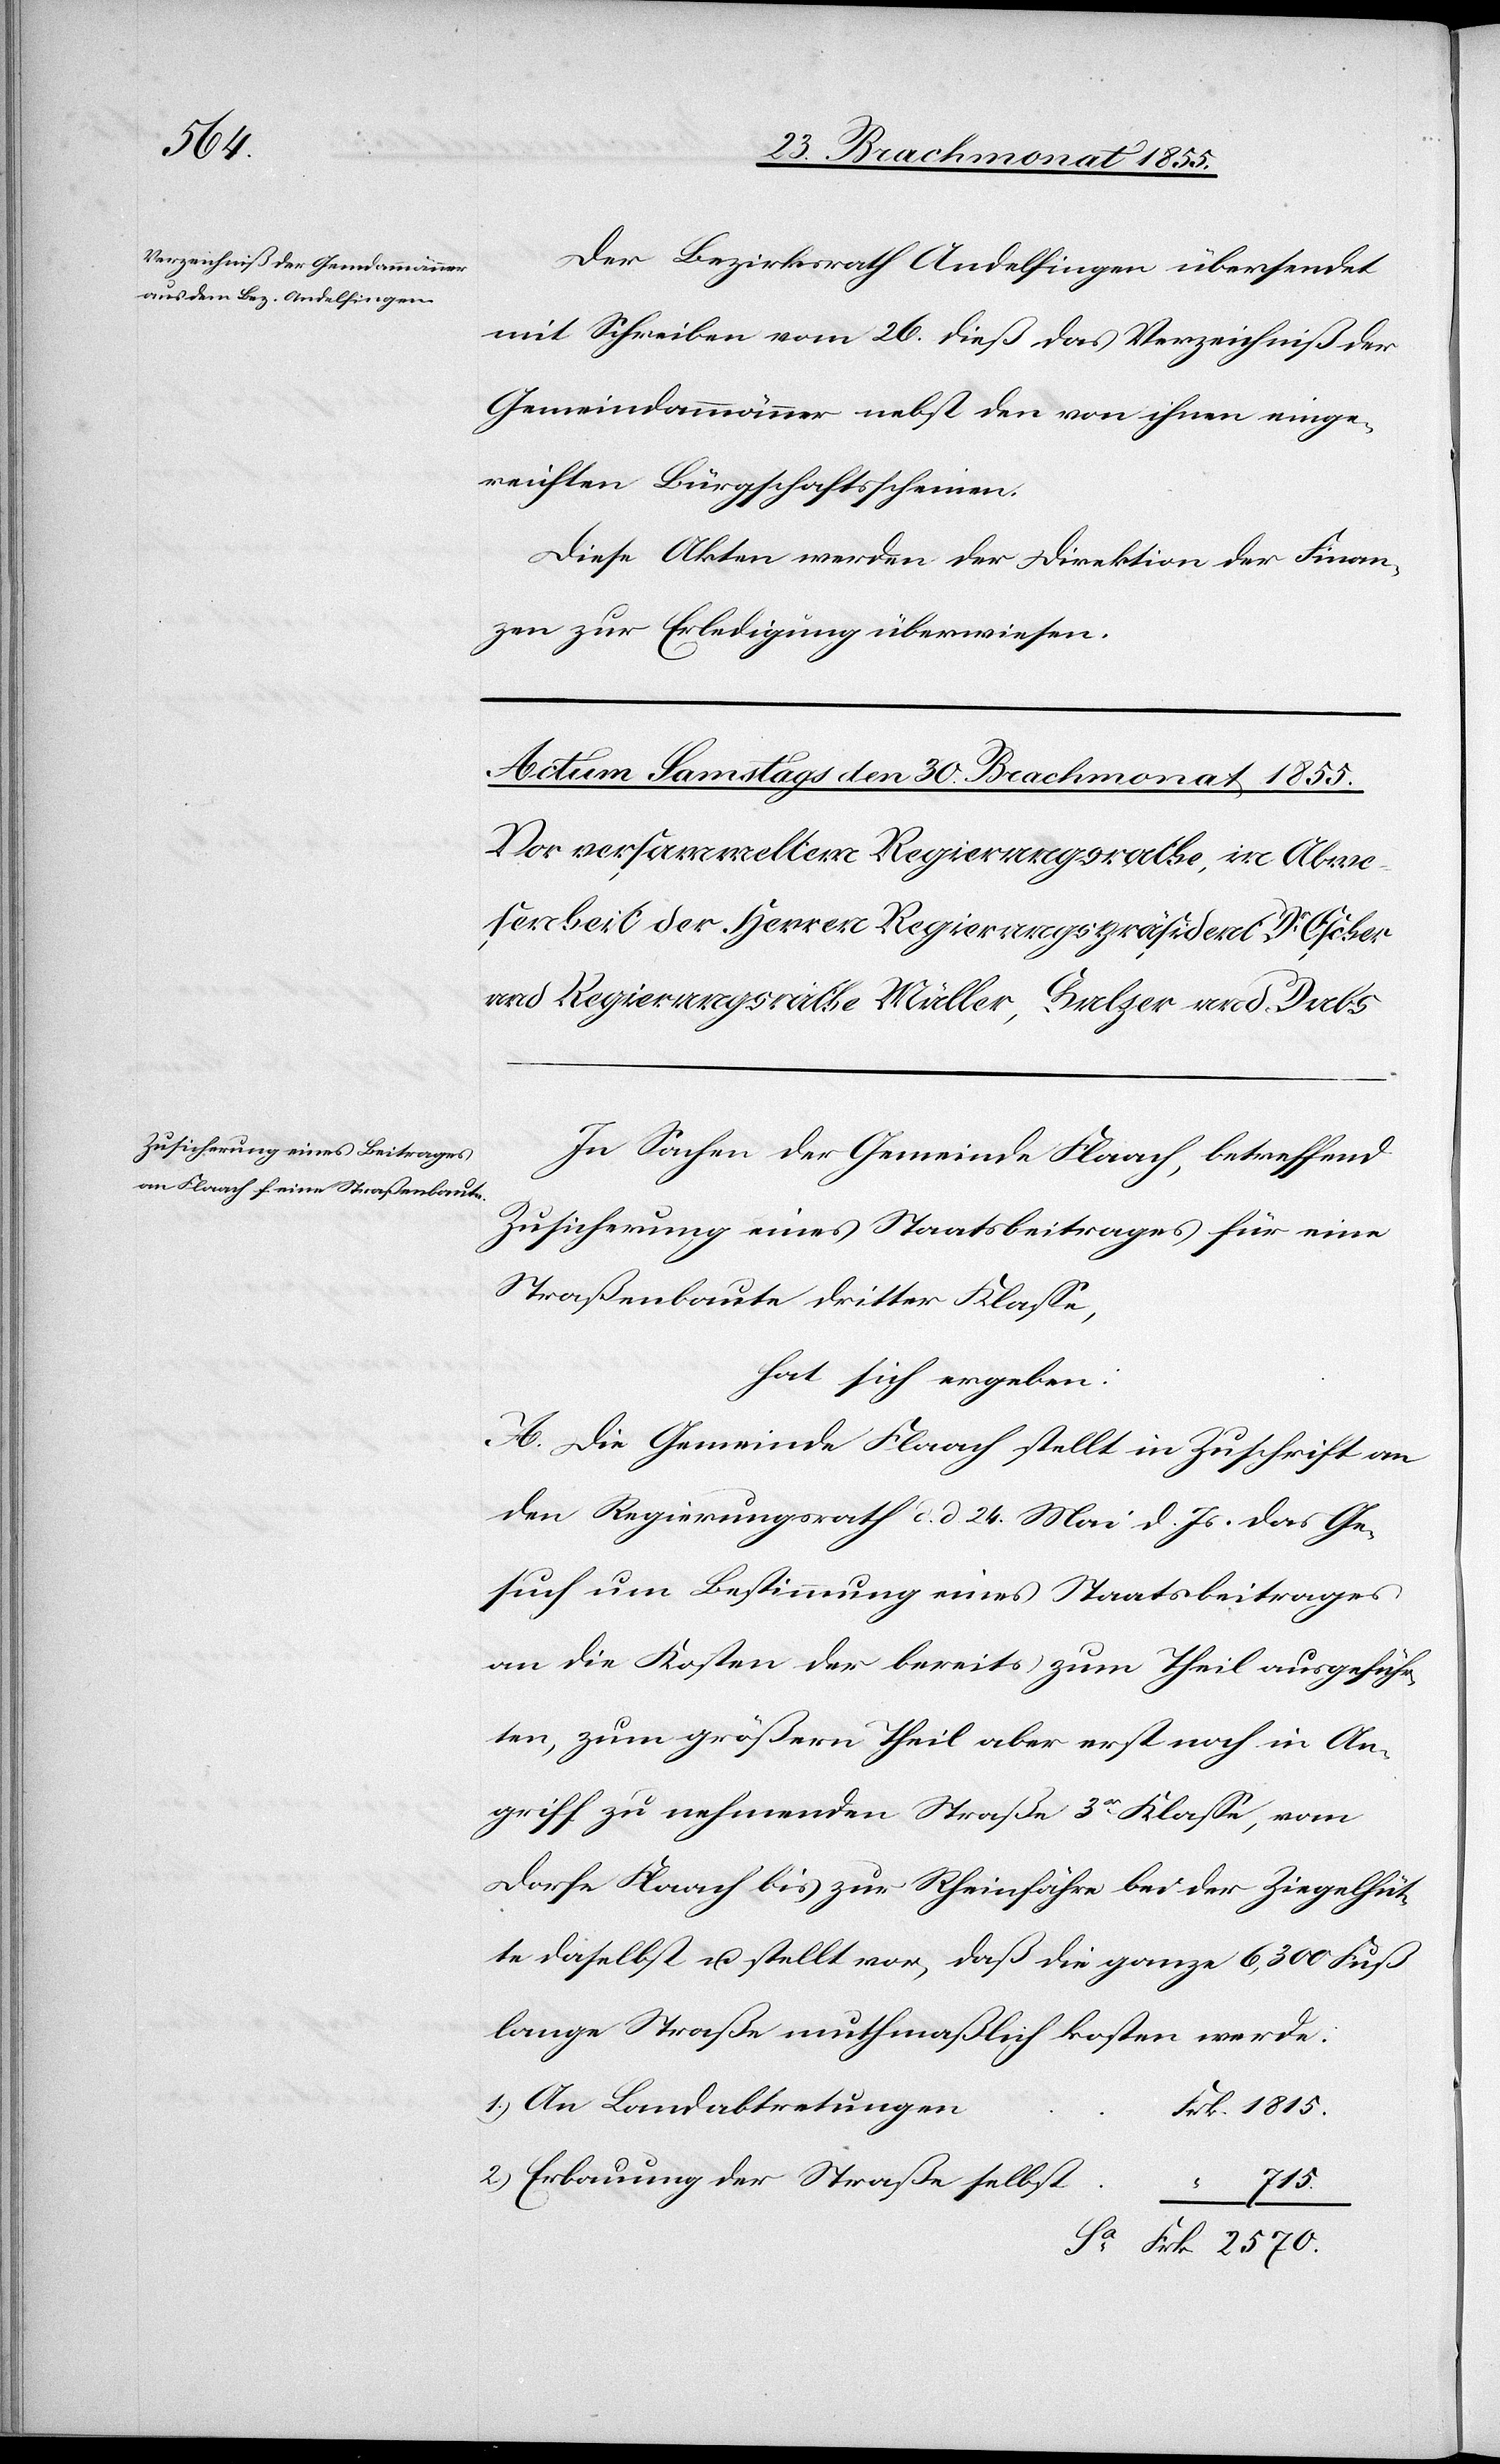
28 Brachmonat 1855.]
Der Bezirksrath Andelfingen übersendet
mit Schreiben vom 26. dieß das Verzeichniß der
Gemeindammänner nebst den von ihnen einge¬
reichten Bürgschaftsscheinen.
Diese Akten werden der Direktion der Finan¬
zen zur Erledigung überwiesen.
In Sachen der Gemeinde Flaach, betreffend
Zusicherung eines Staatsbeitrages für eine
Straßenbaute dritter Klasse,
hat sich ergeben:
A. Die Gemeinde Flaach stellt in Zuschrift an
den Regierungsrath d. d. 24. Mai d. Js. das Ge¬
such um Bestimmung eines Staatsbeitrages
an die Kosten der bereits zum Theil ausgeführ¬
ten, zum größern Theil aber erst noch in An¬
griff zu nehmenden Straße 3r. Klasse, vom
Dorfe Flaach bis zur Rheinfähre bei der Ziegelhüt¬
te daselbst u. stellt vor, daß die ganze 6,300 Fuß
lange Straße muthmaßlich kosten werde:
An Landabtretungen
Frk. 1815.
Erbauung der Straße selbst
[recte:
715.
Frk. 2570.